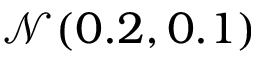
\mathcal { N } ( 0 . 2 , 0 . 1 )